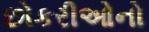
છોકરીઓનો